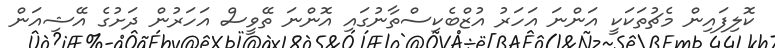
ކޮލިފައިން މެޗުތަކަކީ އަންނަ އަހަރު އުޒްބެކިސްތާނުގައި އޮންނަ ތޭވީސް އަހަރުން ދަށުގެ އޭޝިއަން